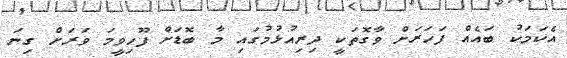
އެކަމަކު ބައެއް ފަހަރަށް ވާގޮތަކީ ދިރިއުޅުމުގައި މާ ބޮޑަށް ފޫހިވީމަ ވަރަށް ގިނަ